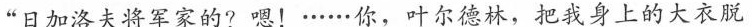
“日加洛夫将军家的?嗯!······你，叶尔德林，把我身上的大衣脱